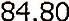
84.80